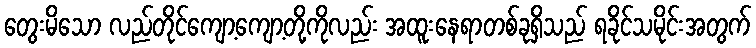
တွေးမိသော လည်တိုင်ကျော့ကျော့တို့ကိုလည်း အထူးနေရာတစ်ခုရှိသည် ရခိုင်သမိုင်းအတွက်